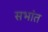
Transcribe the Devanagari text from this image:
सभांत